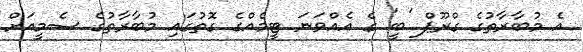
އެ މުބާރާތުގެ ގްރޫޕް 'ބީ' ގެ އެއްވަނަ ޓީމެއްގެ ގޮތުގައި މުބާރާތުގެ ސެމީއަށް